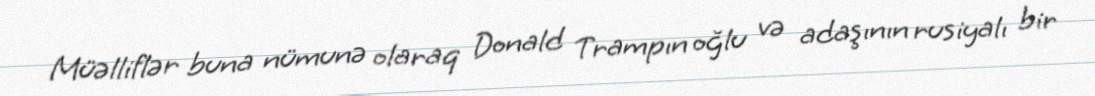
Müəlliflər buna nümunə olaraq Donald Trampın oğlu və adaşının rusiyalı bir